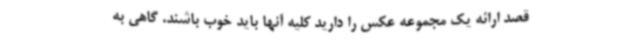
قصد ارائه یک مجموعه عکس را دارید کلیه آنها باید خوب باشند. گاهی به